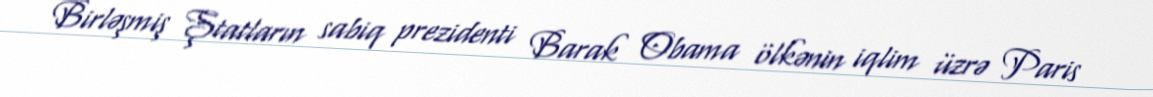
Birləşmiş Ştatların sabiq prezidenti Barak Obama ölkənin iqlim üzrə Paris